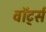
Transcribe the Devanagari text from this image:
वॉर्ट्स